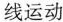
线运动